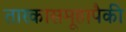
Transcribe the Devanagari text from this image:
तारकासमूहापैकी